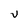
Character: V